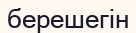
берешегін